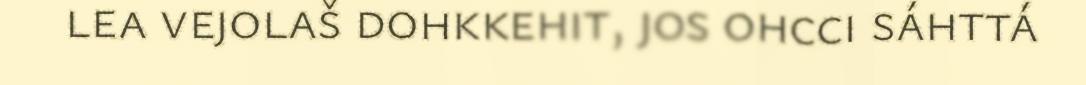
lea vejolaš dohkkehit, jos ohcci sáhttá